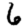
Digit: 6